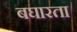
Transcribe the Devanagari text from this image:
बघारता